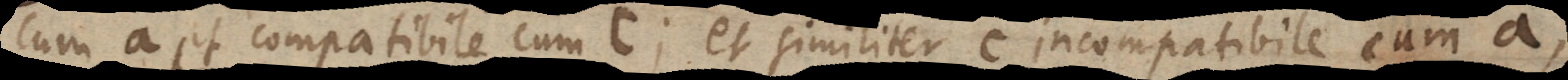
cum a et compatibile cum c; et similiter c incompatibile cum a,